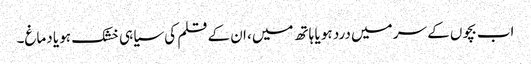
اب بچوں کے سر میں درد ہو یا ہاتھ میں، ان کے قلم کی سیاہی خشک ہو یا دماغ۔